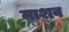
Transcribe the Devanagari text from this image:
माशव